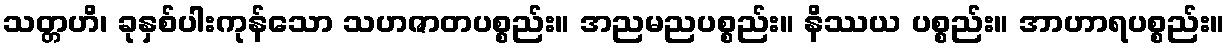
သတ္တဟိ၊ ခုနှစ်ပါးကုန်သော သဟဇာတပစ္စည်း။ အညမညပစ္စည်း။ နိဿယ ပစ္စည်း။ အာဟာရပစ္စည်း။